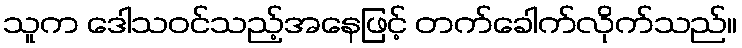
သူက ဒေါသဝင်သည့်အနေဖြင့် တက်ခေါက်လိုက်သည်။